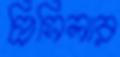
প্রিসিলার